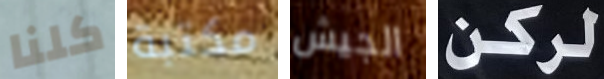
كلنا مكتبة الجيش لركن